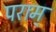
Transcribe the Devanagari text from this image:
पराम्